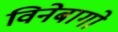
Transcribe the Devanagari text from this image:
विनेबागो